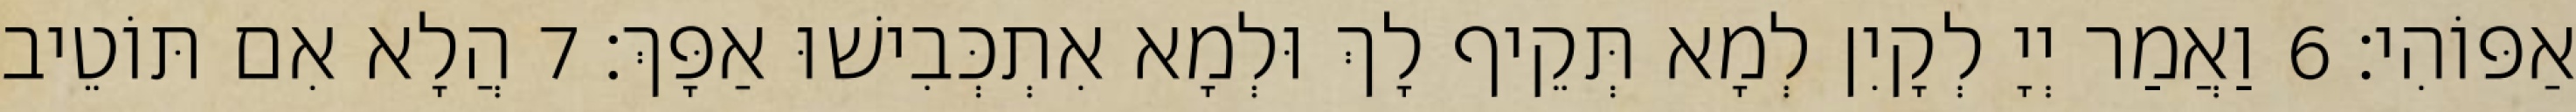
אַפּוֹהִי׃ 6 וַאֲמַר יְיָ לְקָיִן לְמָא תְּקֵיף לָךְ וּלְמָא אִתְכְּבִישׁוּ אַפָּךְ׃ 7 הֲלָא אִם תּוֹטֵיב